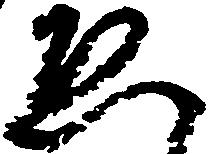
ゑ